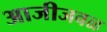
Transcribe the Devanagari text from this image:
आजीजवळ